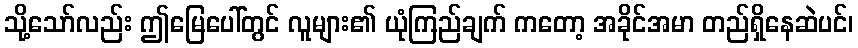
သို့သော်လည်း ဤမြေပေါ်တွင် လူများ၏ ယုံကြည်ချက် ကတော့ အခိုင်အမာ တည်ရှိနေဆဲပင်၊